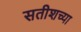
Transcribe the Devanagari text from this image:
सतीशच्या